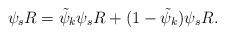
\begin{align*}\psi_{s} R=\tilde{\psi}_k \psi_{s} R+ (1- \tilde{\psi}_k) \psi_{s} R. \end{align*}